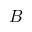
B